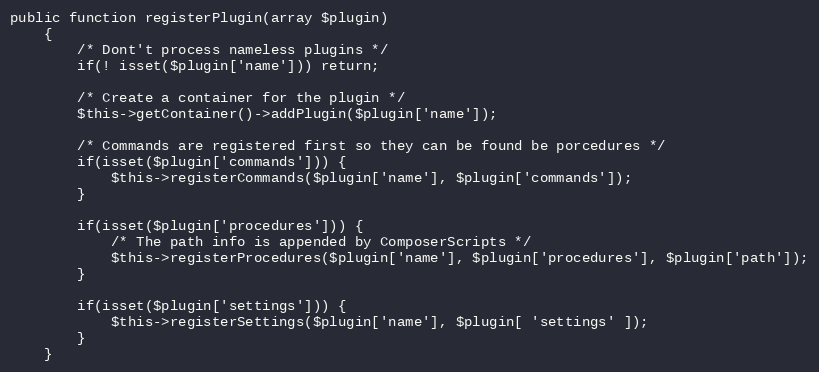
Language: PHP
public function registerPlugin(array $plugin)
    {
        /* Dont't process nameless plugins */
        if(! isset($plugin['name'])) return;

        /* Create a container for the plugin */
        $this->getContainer()->addPlugin($plugin['name']);

        /* Commands are registered first so they can be found be porcedures */
        if(isset($plugin['commands'])) {
            $this->registerCommands($plugin['name'], $plugin['commands']);
        }

        if(isset($plugin['procedures'])) {
            /* The path info is appended by ComposerScripts */
            $this->registerProcedures($plugin['name'], $plugin['procedures'], $plugin['path']);
        }

        if(isset($plugin['settings'])) {
            $this->registerSettings($plugin['name'], $plugin[ 'settings' ]);
        }
    }